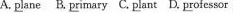
A.\underline{pl}ane B.\underline{pr}imary C.\underline{pl}ant D.\underline{pr}ofcssor